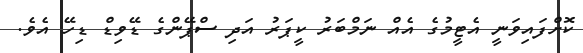
ކޮށްފައިވަނީ އެޓީމުގެ އެއް ނަމްބަރު ކީޕަރު އަދި ސްޕޭންގެ ޑޭވިޑް ޑިހޭ އެވެ.